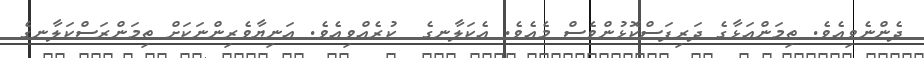
ދެންނެވިއެވެ. ތިމަންއަޅާގެ ދަރިފަސްކޮޅުންވެސް މެއެވެ. އެކަލާނގެ  ކުރެއްވިއެވެ. އަނިޔާވެރިންނަކަށް ތިމަންރަސްކަލާނގެ